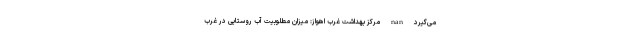
می‌گیرد nan مرکز بهداشت غرب اهواز: میزان مطلوبیت آب روستایی در غرب